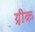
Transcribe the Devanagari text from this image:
ग्री़क